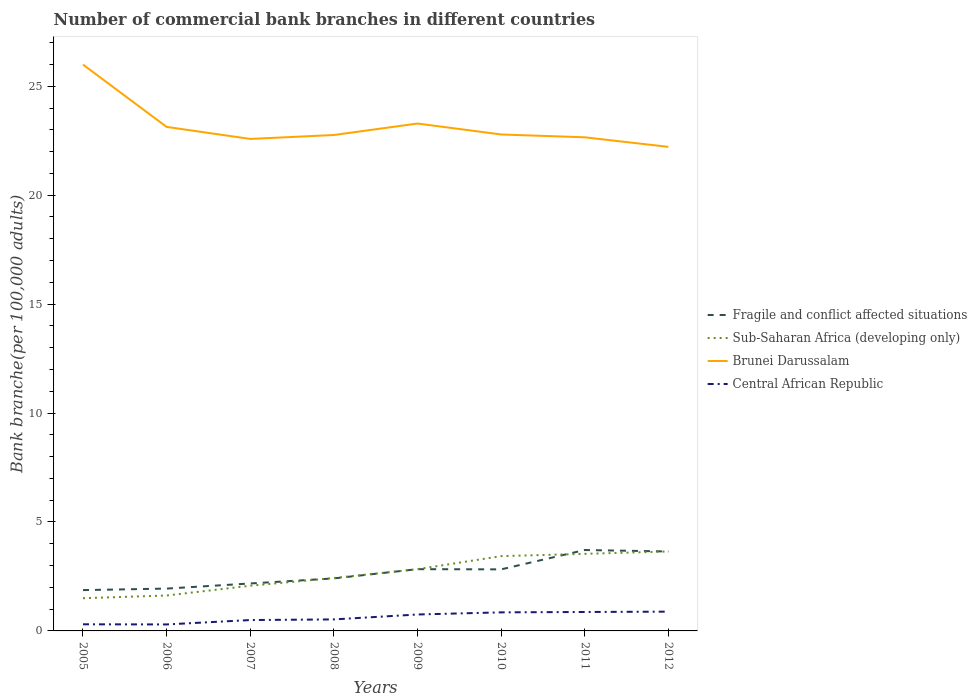
| Years | Fragile and conflict affected situations | Sub-Saharan Africa (developing only) | Brunei Darussalam | Central African Republic |
 | --- | --- | --- | --- | --- |
 | 2005 | 1.87 | 1.5 | 26 | 0.304 |
 | 2006 | 1.94 | 1.63 | 23.1 | 0.298 |
 | 2007 | 2.18 | 2.07 | 22.6 | 0.499 |
 | 2008 | 2.41 | 2.43 | 22.8 | 0.528 |
 | 2009 | 2.83 | 2.83 | 23.3 | 0.754 |
 | 2010 | 2.83 | 3.43 | 22.8 | 0.852 |
 | 2011 | 3.71 | 3.54 | 22.7 | 0.869 |
 | 2012 | 3.65 | 3.65 | 22.2 | 0.885 |